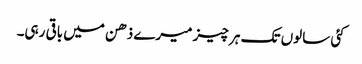
کئی سالوں تک ہر چیز میرے ذھن میں باقی رہی۔